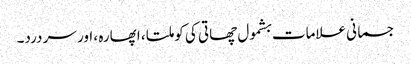
جسمانی علامات بشمول چھاتی کی کوملتا ، اپھارہ ، اور سر درد۔